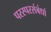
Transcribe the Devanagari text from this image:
परस्परसंबंधां